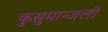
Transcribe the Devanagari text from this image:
कुसुमान्जली